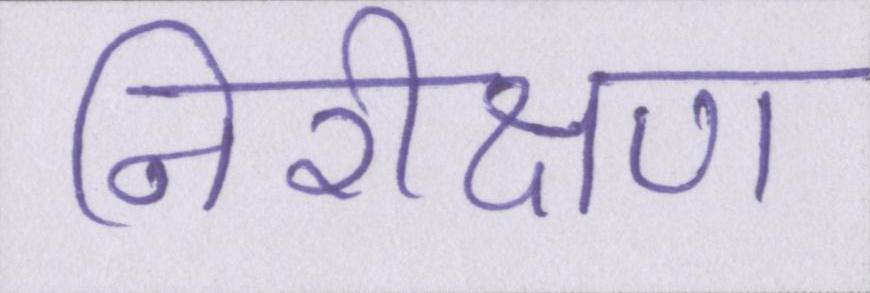
निरीक्षण